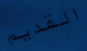
القديم